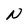
Character: N